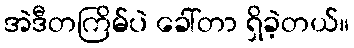
အဲဒီတကြိမ်ပဲ ခေါ်တာ ရှိခဲ့တယ်။